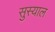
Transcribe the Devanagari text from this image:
सुस्याल